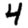
Digit: 4